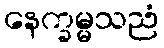
နေက္ခမ္မသညံ